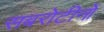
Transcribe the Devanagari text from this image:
सबरोटीनों